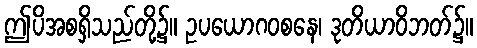
ဤပိအစရှိသည်တို့၌။ ဥပယောဂဝစနေ၊ ဒုတိယာဝိဘတ်၌။